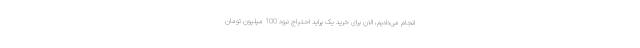
انجام می‌دادیم، الان برای خرید یک پراید احتیاج نبود 100 میلیون تومان